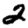
Digit: 2